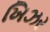
ખિઝર